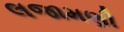
લજામણી